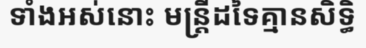
ទាំងអស់នោះ មន្ត្រីដទៃគ្មានសិទ្ធិ